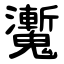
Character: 魙